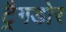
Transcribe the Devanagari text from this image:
ट्रैगडोर